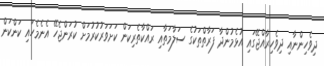
ދިވެހިންނާއި ދިވެހިރާއްޖޭގައި އުޅެމުންދާ ފަރާތްތަކުގެ ސަލާމަތާއި ރައްކާތެރިކަން ކަށަވަރުކުރުމަށް ކުރަންޖެހޭ އެނެމެހައި ކަންކަން